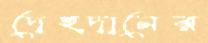
দেহদানের